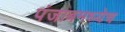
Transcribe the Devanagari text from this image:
पंजाबमध्येच